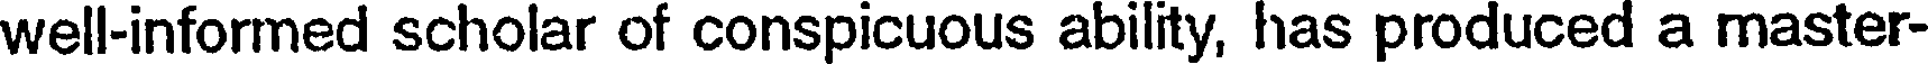
well-informed scholar of conspicuous ability, has produced a master-